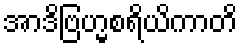
အာဒိဗြဟ္မစရိယိကာတိ